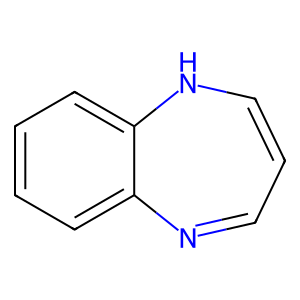
SMILES: C1=CNc2ccccc2N=C1
Inhibits HIV replication: No